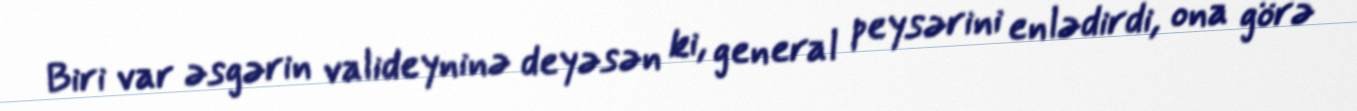
Biri var əsgərin valideyninə deyəsən ki, general peysərini enlədirdi, ona görə